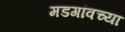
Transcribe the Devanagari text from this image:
मडगांवच्या